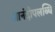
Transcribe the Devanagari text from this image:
आनंदोपलब्धि